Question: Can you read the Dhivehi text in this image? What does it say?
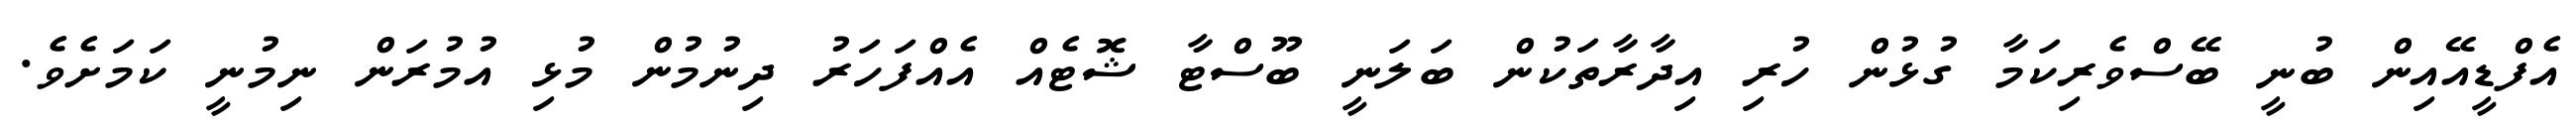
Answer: އެފްޑީއޭއިން ބުނީ ބޭސްވެރިކަމާ ގުޅުން ހުރި އިދާރާތަކުން ބަލަނީ ބޫސްޓާ ޝޮޓެއް އެއްފަހަރު ދިނުމުން މުޅި އުމުރަން ނިމުނީ ކަމަށެވެ.